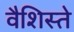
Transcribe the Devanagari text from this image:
वैशिस्ते